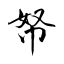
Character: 帑